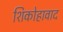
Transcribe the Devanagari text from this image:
शिकोहावाद